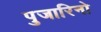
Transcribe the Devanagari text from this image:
पुजारिनो